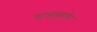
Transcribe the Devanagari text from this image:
षड्‌ऋतुवर्णन